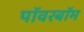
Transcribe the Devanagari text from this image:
पॉवरबॉम